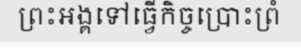
ព្រះអង្គទៅធ្វើកិច្ចប្រោះព្រំ